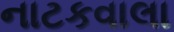
નાટકવાલા